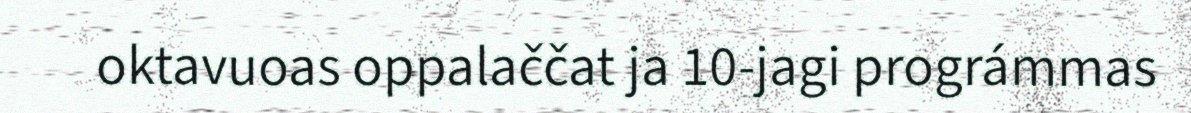
oktavuoas oppalaččat ja 10-jagi prográmmas